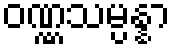
ဝဏ္ဏသမ္ပန္နာ